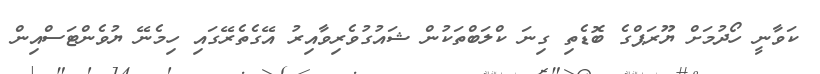
ކަވާނީ ހޯދުމަށް ޔޫރަޕްގެ ބޮޑެތި ގިނަ ކްލަބްތަކުން ޝައުގުވެރިވާއިރު އޭގެތެރޭގައި ހިމެނޭ ޔުވެންޓަސްއިން